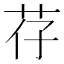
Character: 𫇱